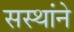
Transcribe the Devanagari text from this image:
सस्थांने